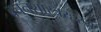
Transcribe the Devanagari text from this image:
वचनशास्त्ररहस्य